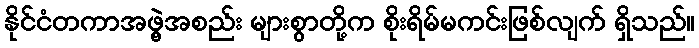
နိုင်ငံတကာအဖွဲ့အစည်း များစွာတို့က စိုးရိမ်မကင်းဖြစ်လျက် ရှိသည်။